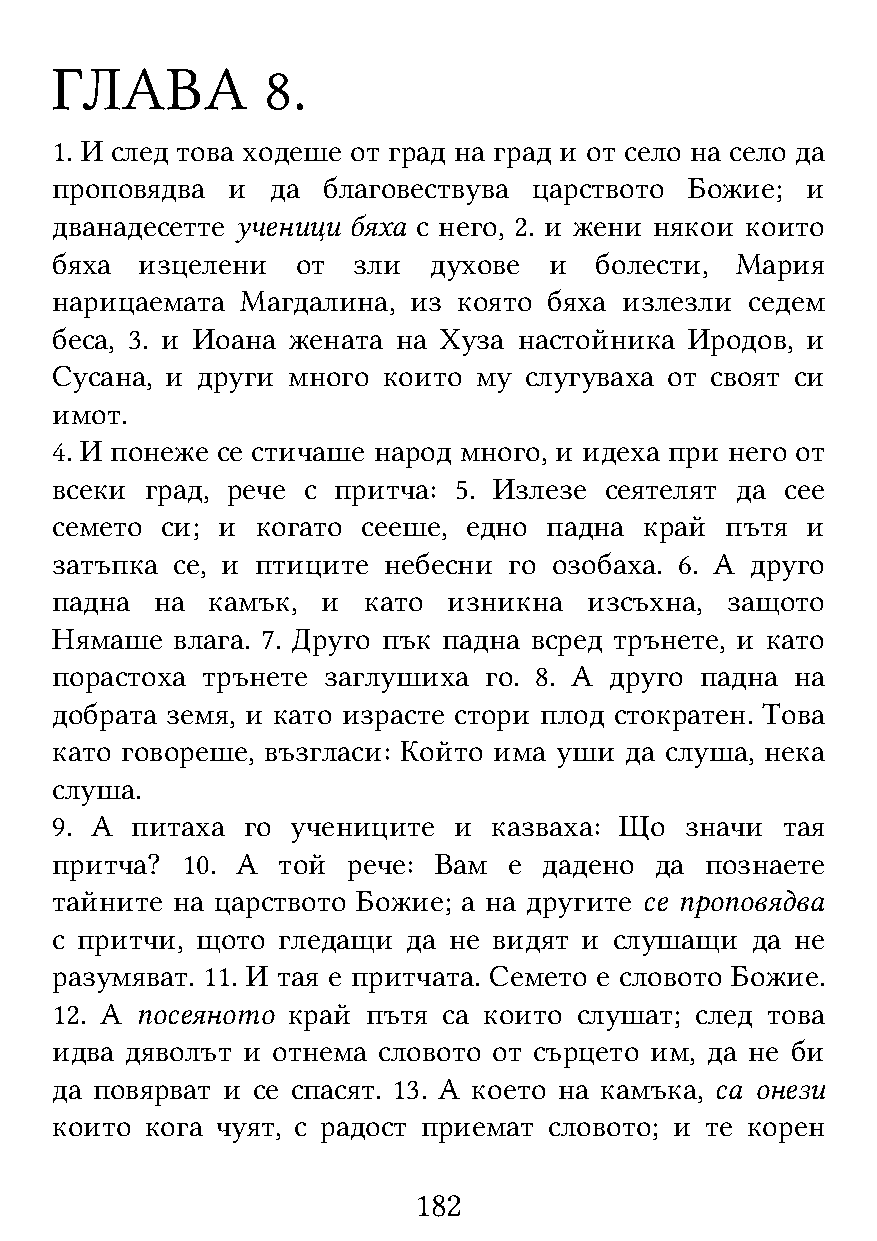
ГЛАВА          8.
 1. И след това ходеше от град на град и от село на село да
 проповядва  и  да благовествува царството  Божие; и
 дванадесетте ученици бяха с него, 2. и жени някои които
 бяха  изцелени   от зли  духове  и  болести,  Мария
 нарицаемата  Магдалина, из която бяха излезли  седем
 беса, 3. и Иоана жената на Хуза настойника Иродов, и
 Сусана, и други много които му  слугуваха от своят си
 имот.
 4. И понеже се стичаше народ много, и идеха при него от
 всеки  град, рече с притча: 5. Излезе сеятелят да сее
 семето  си; и когато сееше, едно падна  край пътя и
 затъпка се, и птиците небесни  го озобаха. 6. А друго
 падна  на  камък, и  като  изникна  изсъхна, защото
 Нямаше  влага. 7. Друго пък падна всред трънете, и като
 порастоха трънете заглушиха  го. 8. А друго падна на
 добрата земя, и като израсте стори плод стократен. Това
 като говореше, възгласи: Който има уши да слуша, нека
 слуша.
 9. А  питаха го учениците  и  казваха: Що значи  тая
 притча?  10. А той  рече: Вам  е дадено да  познаете
 тайните на царството Божие; а на другите се проповядва
 с притчи, щото гледащи  да не видят и слушащи  да не
 разумяват. 11. И тая е притчата. Семето е словото Божие.
 12. А посеяното край пътя са които слушат; след това
 идва дяволът и отнема словото от сърцето им, да не би
 да повярват и се спасят. 13. А което на камъка, са онези
 които  кога чуят, с радост приемат словото; и те корен
 182